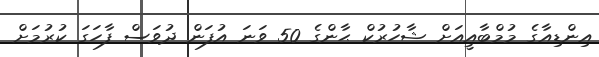
އިންޑިއާގެ މުމްބާއީއަށް ޝާހުރުކް ޙާންގެ 50 ވަނަ އުފަން ދުވަސް ފާހަގަ ކުރުމަށް